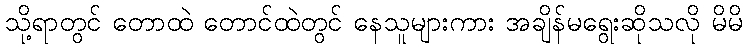
သို့ရာတွင် တောထဲ တောင်ထဲတွင် နေသူများကား အချိန်မရွေးဆိုသလို မိမိ